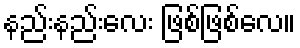
နည်းနည်းလေး ဖြစ်ဖြစ်လေ။